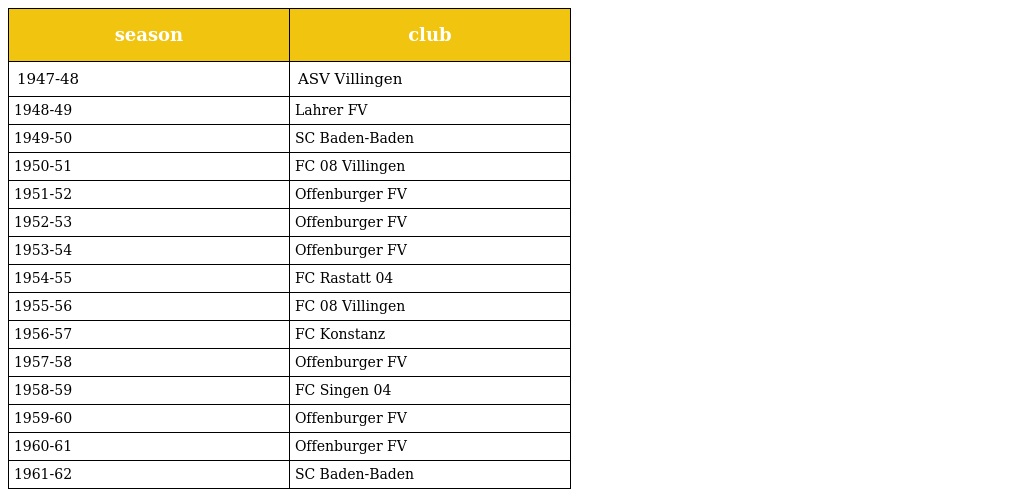
| season | club |
 | --- | --- |
 | 1947-48 | ASV Villingen |
 | 1948-49 | Lahrer FV |
 | 1949-50 | SC Baden-Baden |
 | 1950-51 | FC 08 Villingen |
 | 1951-52 | Offenburger FV |
 | 1952-53 | Offenburger FV |
 | 1953-54 | Offenburger FV |
 | 1954-55 | FC Rastatt 04 |
 | 1955-56 | FC 08 Villingen |
 | 1956-57 | FC Konstanz |
 | 1957-58 | Offenburger FV |
 | 1958-59 | FC Singen 04 |
 | 1959-60 | Offenburger FV |
 | 1960-61 | Offenburger FV |
 | 1961-62 | SC Baden-Baden |